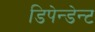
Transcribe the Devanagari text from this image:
डिपेन्डेन्ट